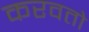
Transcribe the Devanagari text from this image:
करवतो